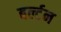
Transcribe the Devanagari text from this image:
बर्ल्टन